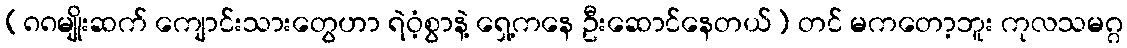
(၈၈မျိုးဆက် ကျောင်းသားတွေဟာ ရဲဝံ့စွာနဲ့ ရှေ့ကနေ ဦးဆောင်နေတယ်) တင် မကတော့ဘူး ကုလသမဂ္ဂ